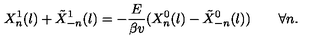
X _ { n } ^ { 1 } ( l ) + \tilde { X } _ { - n } ^ { 1 } ( l ) = - \frac { E } { \beta v } ( X _ { n } ^ { 0 } ( l ) - \tilde { X } _ { - n } ^ { 0 } ( l ) ) \quad \quad \forall n .